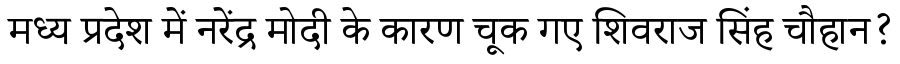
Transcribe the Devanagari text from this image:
मध्य प्रदेश में नरेंद्र मोदी के कारण चूक गए शिवराज सिंह चौहान?